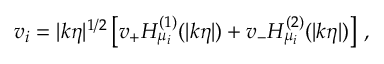
v _ { i } = | k \eta | ^ { 1 / 2 } \left[ v _ { + } H _ { \mu _ { i } } ^ { ( 1 ) } ( | k \eta | ) + v _ { - } H _ { \mu _ { i } } ^ { ( 2 ) } ( | k \eta | ) \right] \, ,